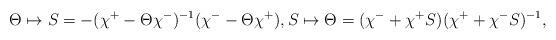
LaTeX: \begin{align*}\Theta \mapsto S = - (\chi^+ - \Theta \chi^-)^{-1}(\chi^- - \Theta \chi^+),S \mapsto \Theta = (\chi^- + \chi^+ S)(\chi^+ + \chi^- S)^{-1},\end{align*}